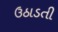
ઉઠાડતી